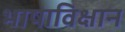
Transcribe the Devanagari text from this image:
भाषाविक्षान